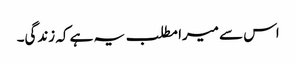
اس سے میرا مطلب یہ ہے کہ زندگی۔